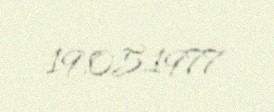
19.05.1977